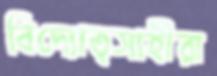
বিদ্যোত্সাহীরা